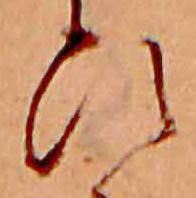
ひ